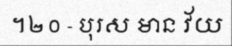
។២០ - បុរស មាន វ័យ